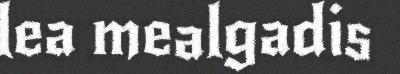
lea mealgadis